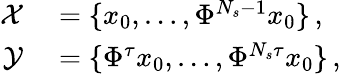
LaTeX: \begin{array}{rl}{\mathcal{X}}&{{}=\{ x_{0},\ldots,\Phi^{N_{s}-1}x_{0}\} \, ,}\\ {\mathcal{Y}}&{{}=\{ \Phi^{\tau}x_{0},\ldots,\Phi^{N_{s}\tau}x_{0}\} \, ,}\end{array}